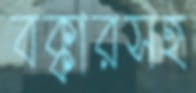
বক্কারসহ